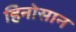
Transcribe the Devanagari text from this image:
हिनोसान